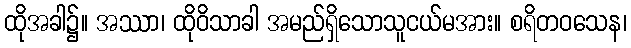
ထိုအခါ၌။ အဿာ၊ ထိုဝိသာခါ အမည်ရှိသောသူငယ်မအား။ စရိတဝသေန၊